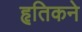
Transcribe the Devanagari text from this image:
हृतिकने